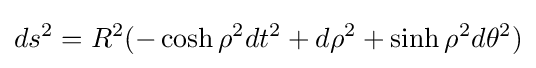
ds^{2}=R^{2}(-\cosh {\rho ^{2}dt^{2}}+d\rho ^{2}+\sinh {\rho ^{2}d\theta ^{2}})